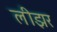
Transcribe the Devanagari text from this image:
लीझर